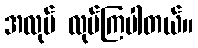
အလုပ် လုပ်ကြပါတယ်။